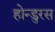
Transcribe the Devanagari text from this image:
होन्डुरस